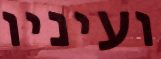
ועיניו